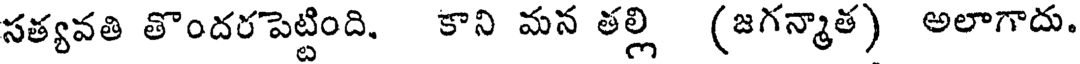
సత్యవతి తొందరపెట్టింది. కాని మన తల్లి (జగన్మాత) అలాగాదు.